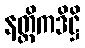
နတ္ထိကဒိဋ္ဌိ